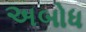
અબોધ